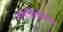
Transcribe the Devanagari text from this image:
रामाशिवायच्या